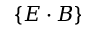
\{ E \cdot B \}